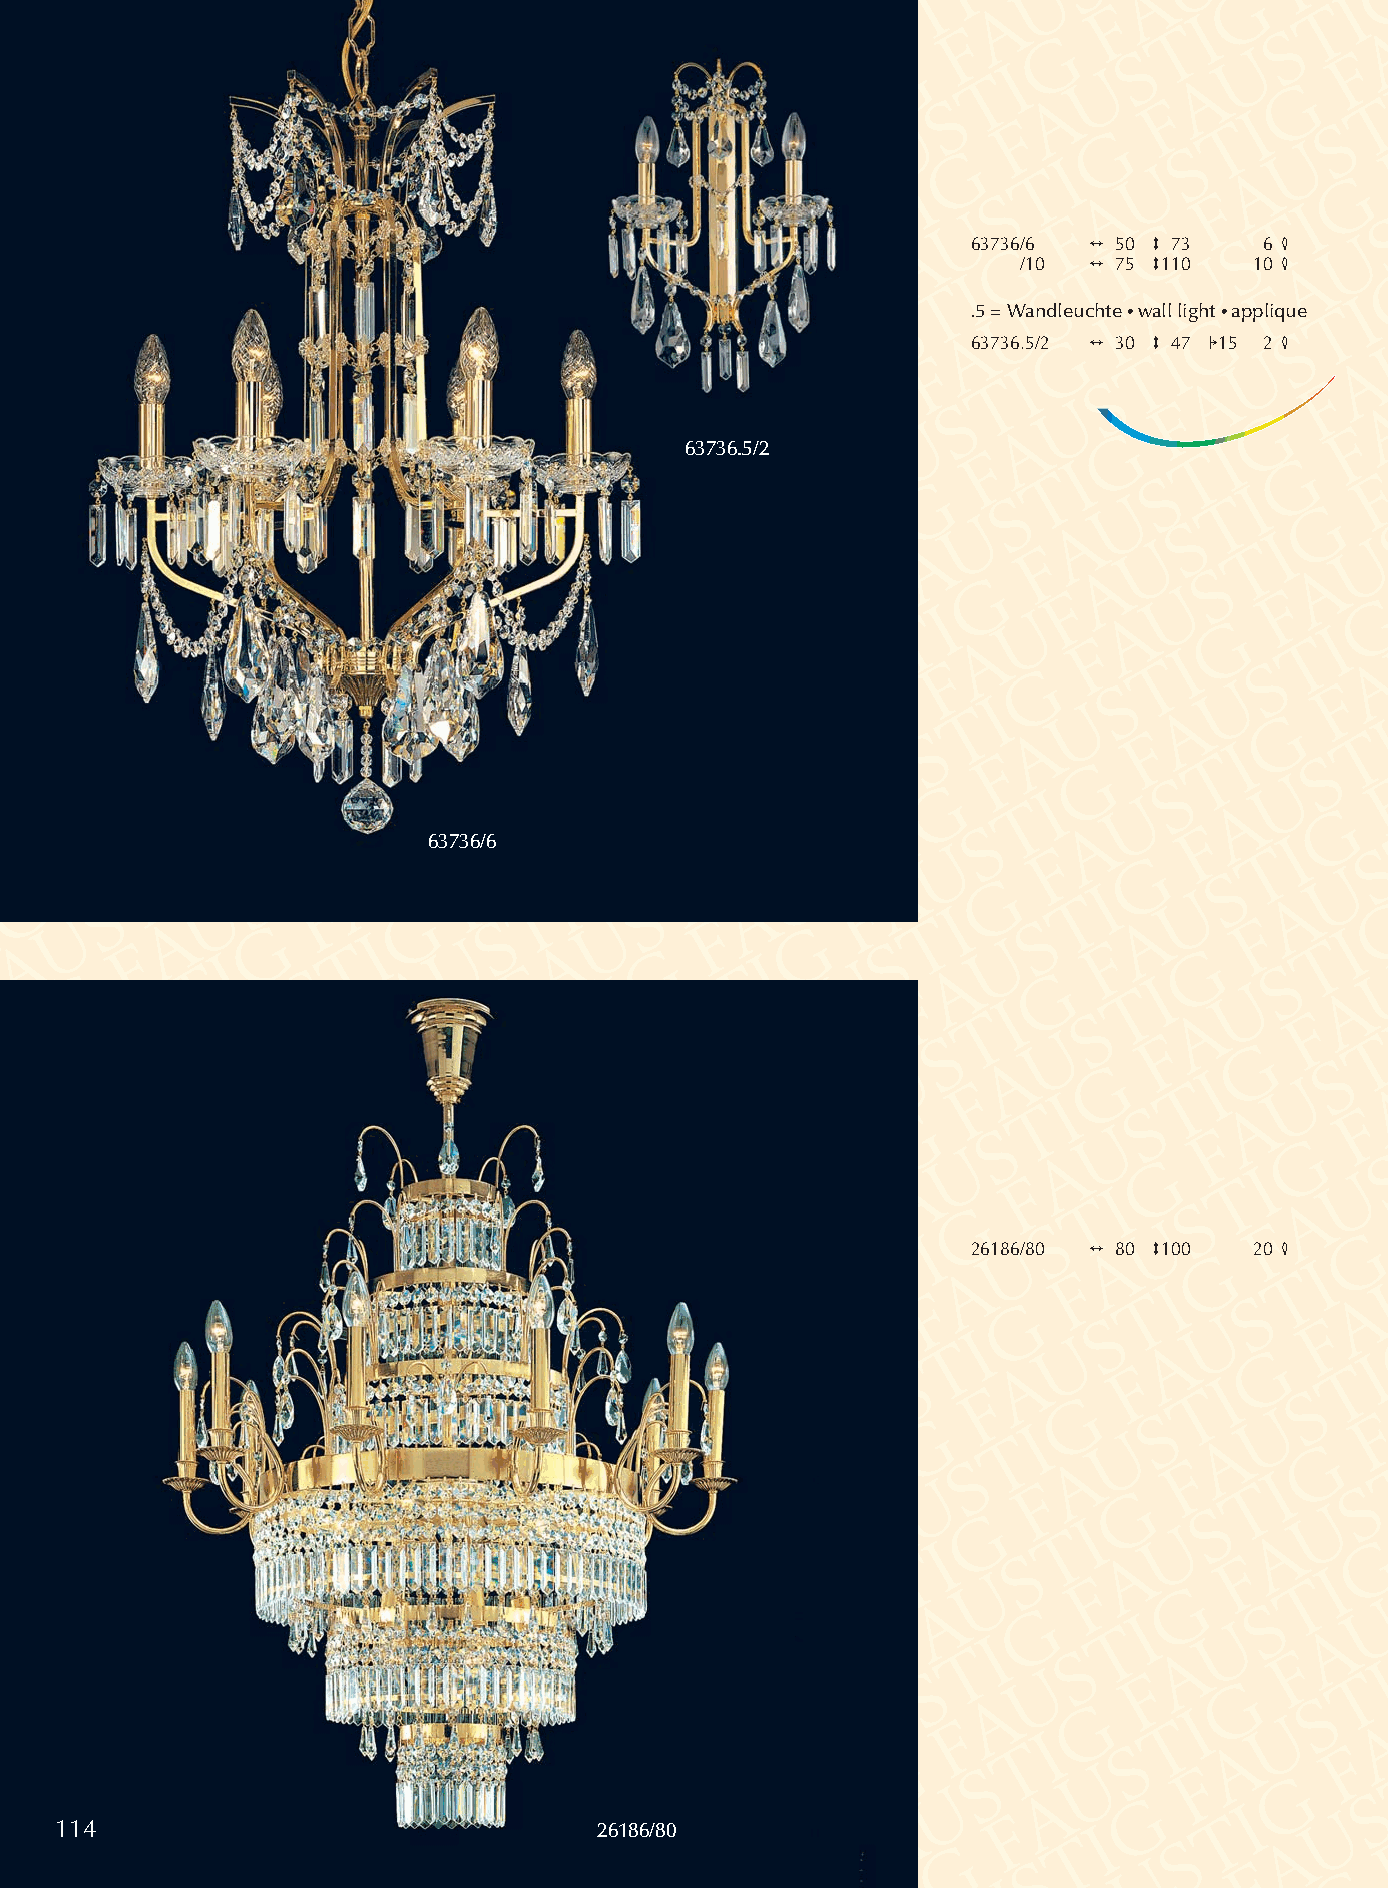
63736/6 2 50 3 73   6 4
 /10 2 75 3110  10 4
 .5 = Wandleuchte •wall light •applique
 63736.5/2 2 30 3 47 115 2 4
 63736.5/2
 63736/6
 26186/80 2 80 3100 20 4
 114                                 26186/80